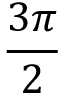
\frac { 3 \pi } { 2 }